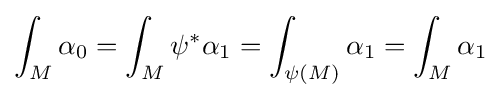
\int _{M}\alpha _{0}=\int _{M}\psi ^{*}\alpha _{1}=\int _{\psi (M)}\alpha _{1}=\int _{M}\alpha _{1}